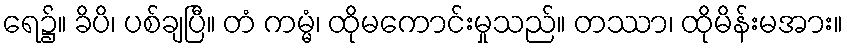
ရေ၌။ ခိပိ၊ ပစ်ချပြီ။ တံ ကမ္မံ၊ ထိုမကောင်းမှုသည်။ တဿာ၊ ထိုမိန်းမအား။